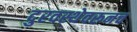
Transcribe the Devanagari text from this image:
दुरवस्थेवरूनच